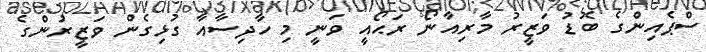
ސްޕެއިންގެ ބޮޑު ވަޒީރު މާރިއާނޯ ރަޙޯއީ ވަނީ މި ހާދިސާއާ ގުޅިގެން ވަޒީރުންގެ